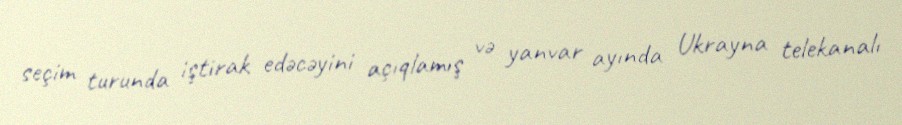
seçim turunda iştirak edəcəyini açıqlamış və yanvar ayında Ukrayna telekanalı